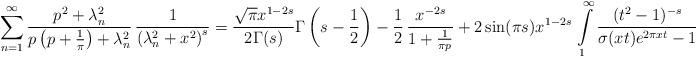
LaTeX: \begin{align*}\sum_{n=1}^{\infty}\frac{p^{2}+\lambda_{n}^{2}}{p\left(p+\frac{1}{\pi}\right)+\lambda_{n}^{2}}\,\frac{1}{\left(\lambda_{n}^{2}+x^{2}\right)^{s}}=\frac{\sqrt{\pi}x^{1-2s}}{2\Gamma(s)}\Gamma\left(s-\frac{1}{2}\right)-\frac{1}{2}\,\frac{x^{-2s}}{1+\frac{1}{\pi p}}+2\sin(\pi s)x^{1-2s}\,\intop_{1}^{\infty}\frac{(t^{2}-1)^{-s}}{\sigma(xt)e^{2\pi xt}-1}dt,\end{align*}